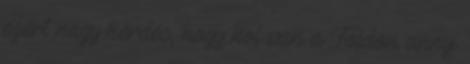
ezért nagy kérdés, hogy hol van a Földön annyi